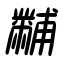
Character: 黼